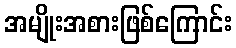
အမျိုးအစားဖြစ်ကြောင်း